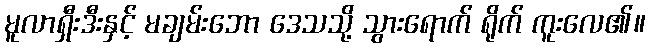
မူလာရှီးဒီးနှင့် မချမ်းဘော ဒေသသို့ သွားရောက် ရိုက် ကူးလေ၏။